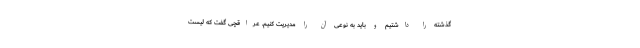
گذشته را داشتیم و باید به نوعی آن را مدیریت کنیم. عراقچی گفت که لیست